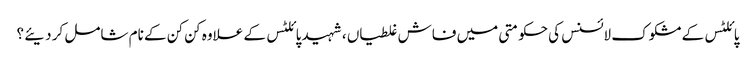
پائلٹس کے مشکوک لائسنس کی حکومتی میں فاش غلطیاں ، شہید پائلٹس کے علاوہ کن کن کے نام شامل کر دیئے ؟